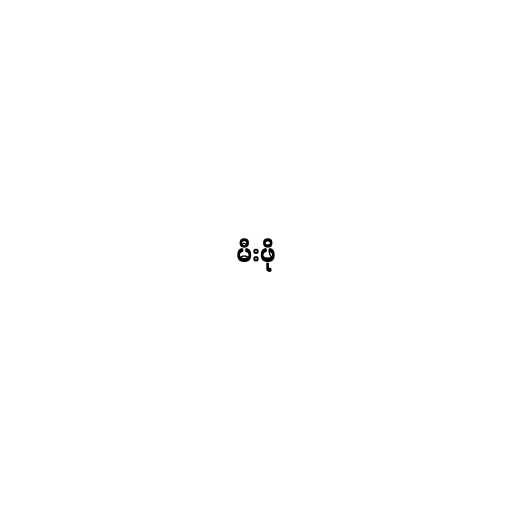
မီးဖို